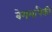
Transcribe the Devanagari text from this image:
बेगमांपैकी